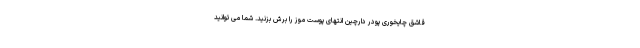
قاشق چایخوری پودر دارچین انتهای پوست موز را برش بزنید. شما می توانید